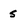
Character: 5